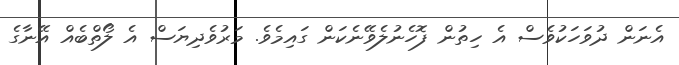
އެނަން ދުވަހަކުވެސް އެ ހިތުން ފޮހެނުލެވޭނެކަން ގައިމެވެ. މަރުވެދިޔަސް އެ ލޯތްބެއް އޭނާގެ